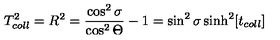
T _ { c o l l } ^ { 2 } = R ^ { 2 } = \frac { \cos ^ { 2 } \sigma } { \cos ^ { 2 } \Theta } - 1 = \sin ^ { 2 } \sigma \sinh ^ { 2 } [ t _ { c o l l } ]